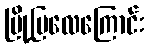
မြို့ပြလေကြောင်း